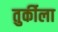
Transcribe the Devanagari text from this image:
तुर्कीला